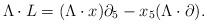
LaTeX: \begin{align*}\Lambda \cdot L = (\Lambda \cdot x) \partial_5 - x_5 (\Lambda \cdot \partial).\end{align*}